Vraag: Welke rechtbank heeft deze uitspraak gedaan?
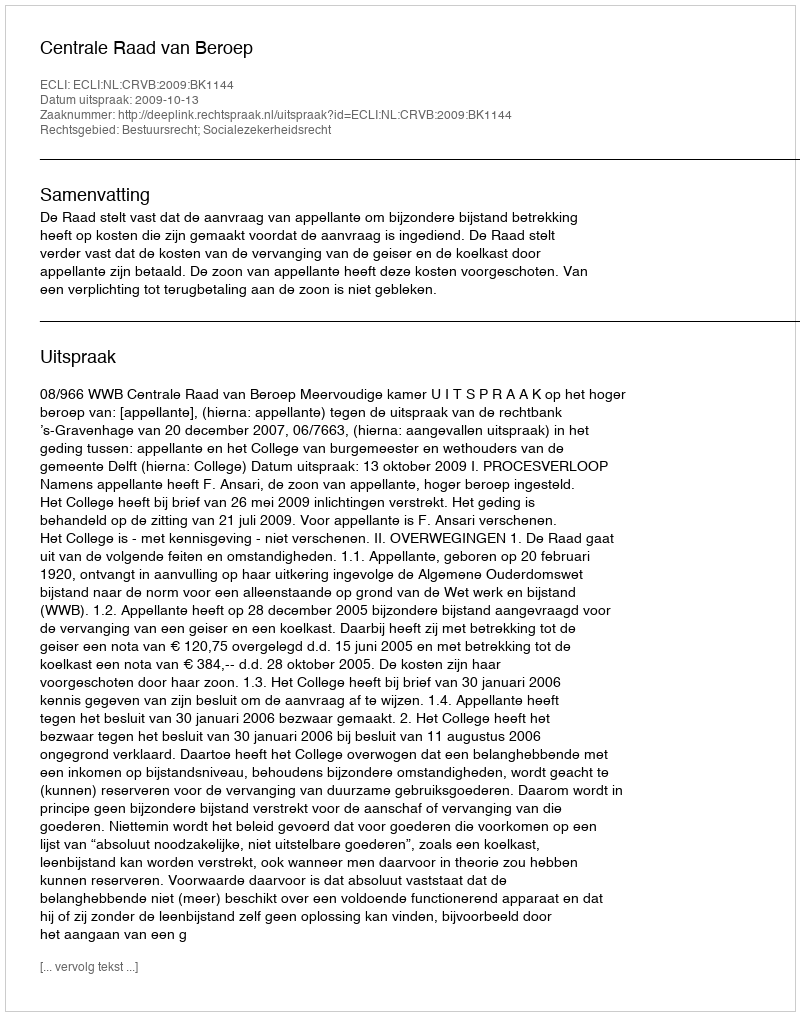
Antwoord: Centrale Raad van Beroep